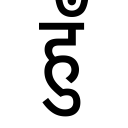
OCR:
हुँ